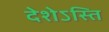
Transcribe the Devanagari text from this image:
देशेऽस्ति